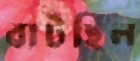
বাটছিল